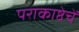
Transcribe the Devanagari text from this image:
पराकाष्ठेचें